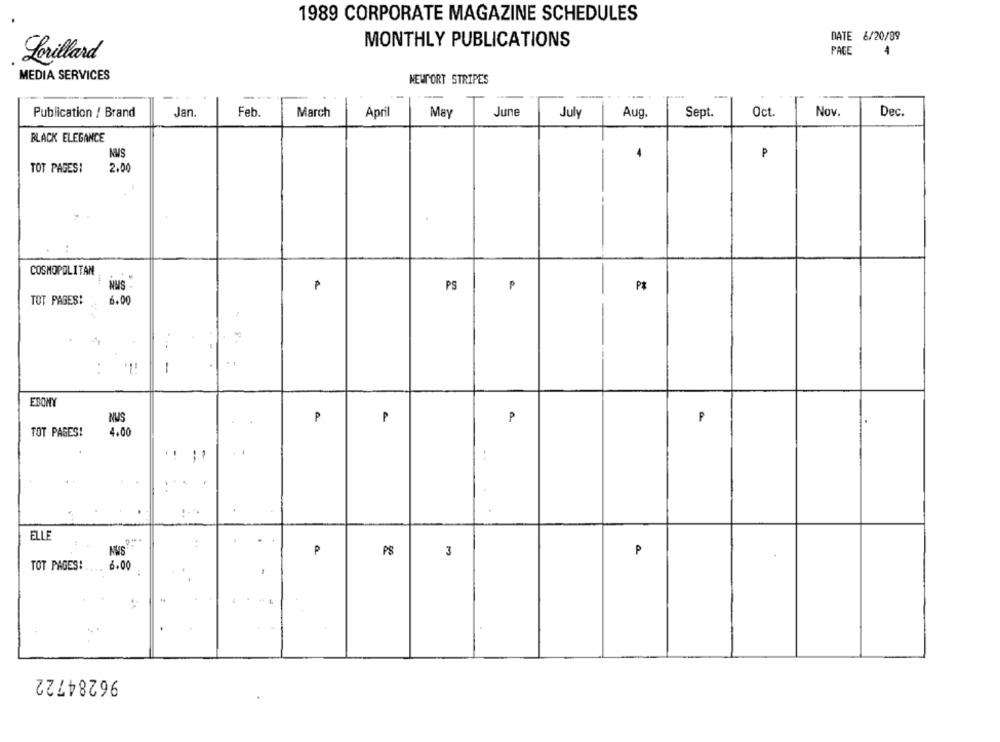
1989 CORPORATE MAGAZINE SCHEDULES
DATE 6/20/89
MONTHLY PUBLICATIONS
PAGE
4
Lorillard
MEDIA SERVICES
NEWPORT STRIPES
---
June
Nov.
Dec.
Publication / Brand
Jan
Feb.
March
April
May
July
Aug.
Sept.
Oct
BLACK ELEGANCE
SAN
4
P
-
TOT PAGES!
2.00
:
COSMOPOLITAN
NUS
PS
₱
P#
TOT PAGES:
6.00
1
EBONY
NUS
₱
₱
P
P
TOT PAGES!
4.00
ELLE
₱
PS
3
P
6.00
TOT PAGES!
1
96284722